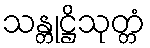
သန္တုဋ္ဌိသုတ္တံ